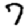
Digit: 7